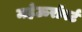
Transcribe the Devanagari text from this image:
महेऊरॉबर्ट